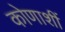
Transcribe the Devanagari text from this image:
कोणाशीं